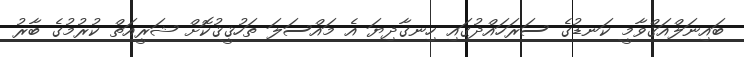
ބައިނަލްއަޤްވާމީ ކަނޑުގެ ސަރަހައްދުގައި ހިނގާދިޔަ އެ މައްސަލަ ތަހުޤީޤުކޮށް ޝަރީއަތް ކުރުމުގެ ބާރު